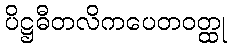
ပိဋ္ဌဓီတလိကပေတဝတ္ထု